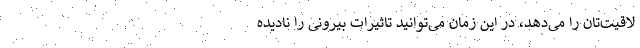
لاقیت‌تان را می‌دهد، در این زمان می‌توانید تاثیرات بیرونی را نادیده